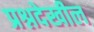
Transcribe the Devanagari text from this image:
प्रश्नदेखील